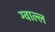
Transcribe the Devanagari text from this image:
ग्वाल्ल